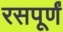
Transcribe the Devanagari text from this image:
रसपूर्णं